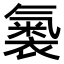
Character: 𧜚